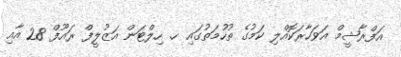
އަފްރާޝީމް އަވަހާރަކޮއްލި ކަމުގެ ތުހުމަތުގައި ހ. ހިލްޓަން އަޒުލީފް ރައޫފް 28 އާއި